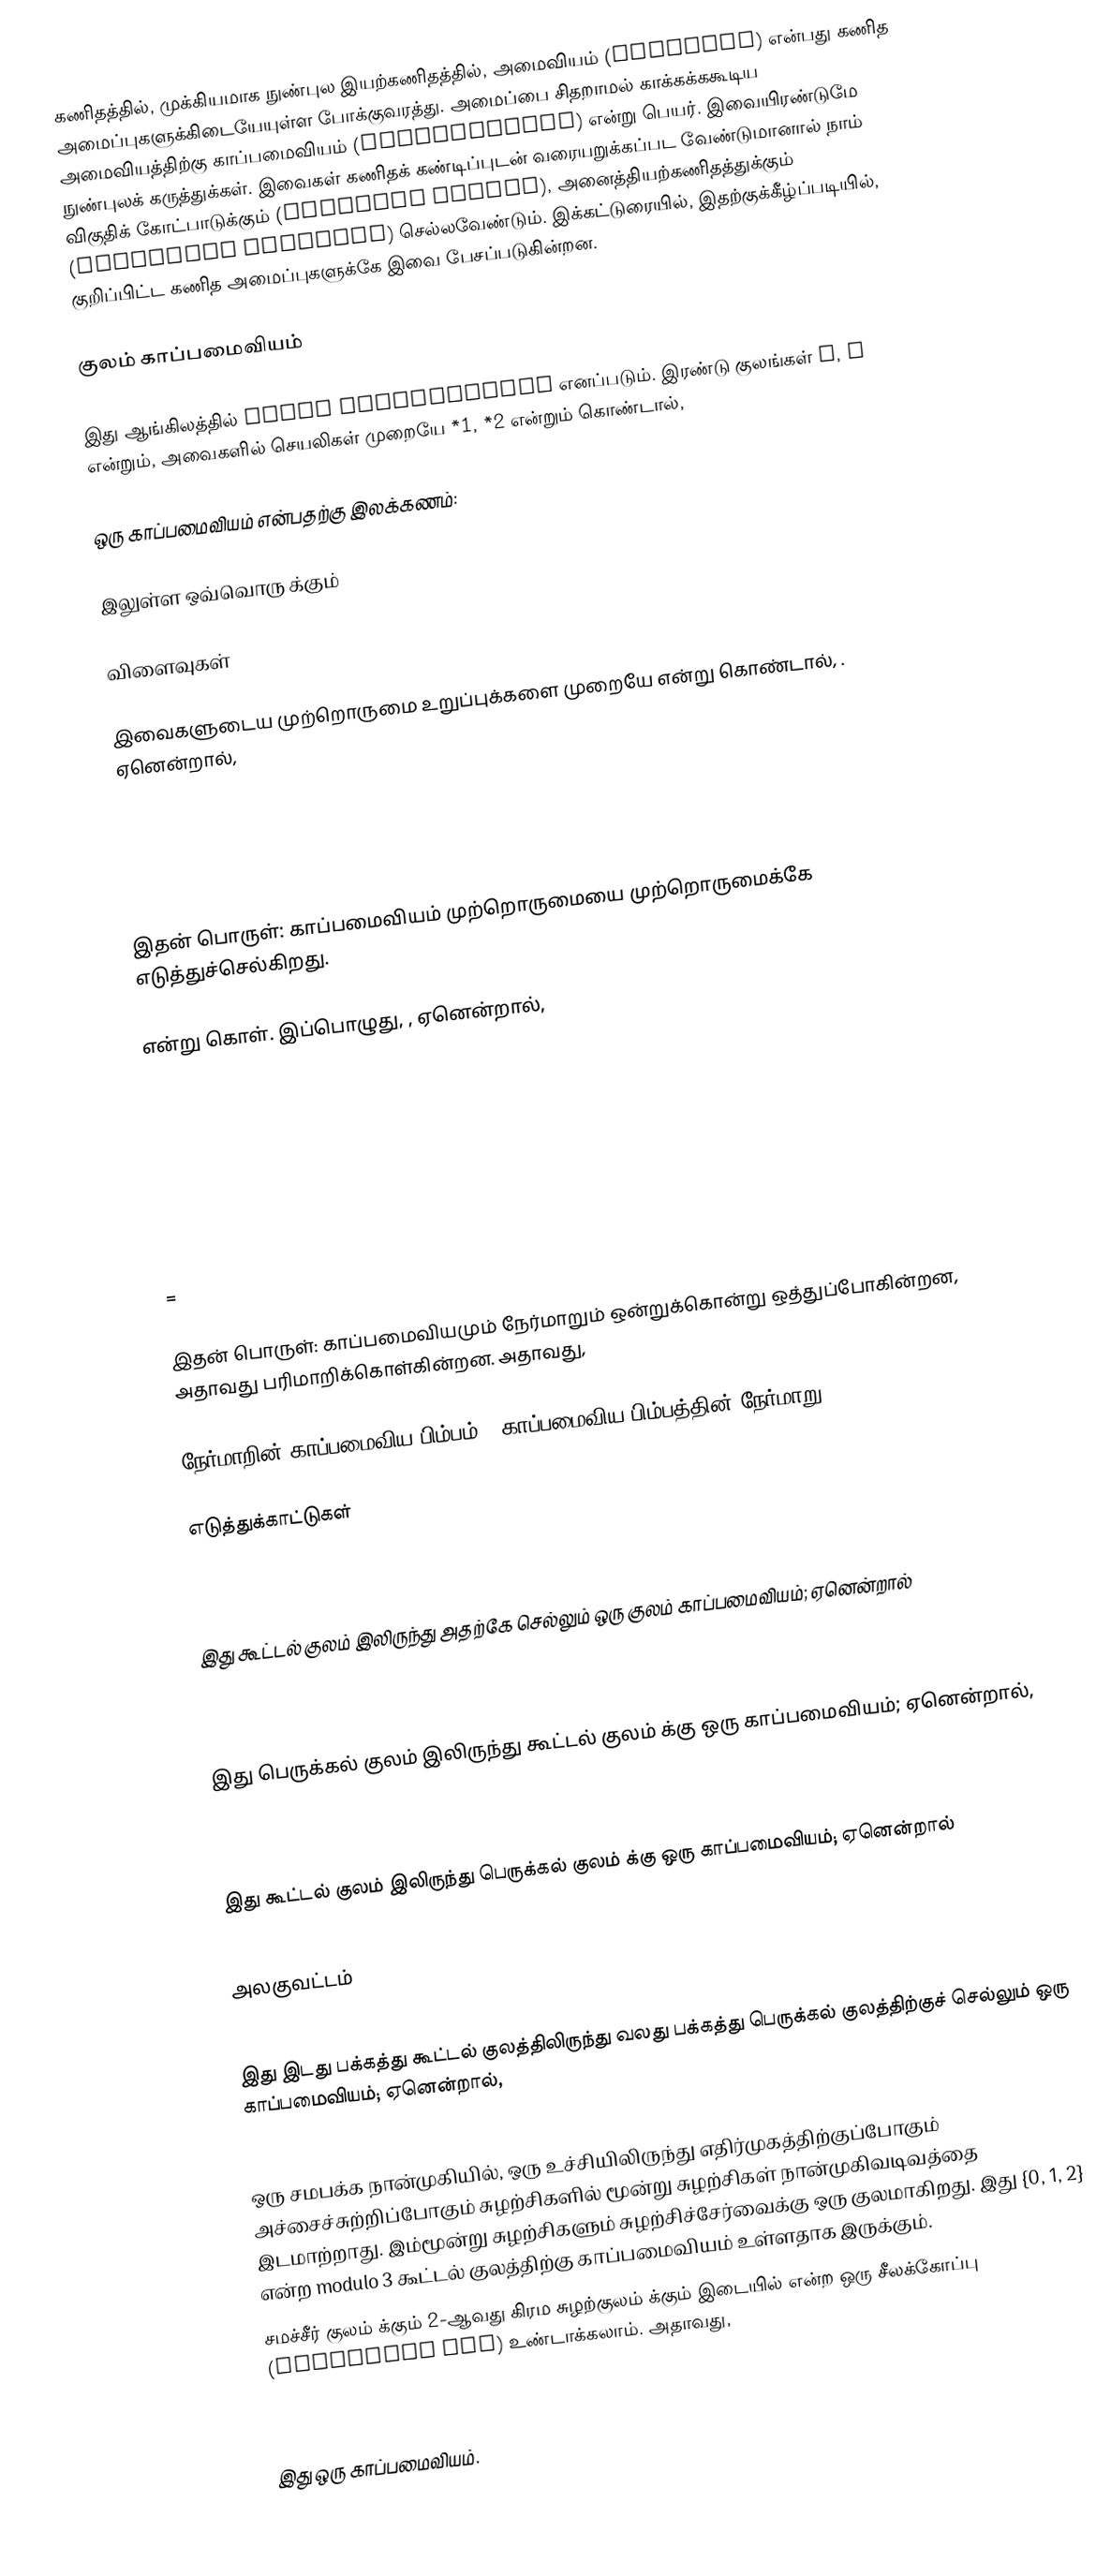
கணிதத்தில், முக்கியமாக நுண்புல இயற்கணிதத்தில்,  அமைவியம் (Morphism) என்பது கணித அமைப்புகளுக்கிடையேயுள்ள போக்குவரத்து. அமைப்பை சிதறாமல் காக்கக்ககூடிய அமைவியத்திற்கு காப்பமைவியம்  (Homomorphism) என்று பெயர். இவையிரண்டுமே நுண்புலக் கருத்துக்கள். இவைகள் கணிதக் கண்டிப்புடன் வரையறுக்கப்பட வேண்டுமானால் நாம் விகுதிக் கோட்பாடுக்கும் (Category Theory), அனைத்தியற்கணிதத்துக்கும்  (Universal Alagebra) செல்லவேண்டும். இக்கட்டுரையில், இதற்குக்கீழ்ப்படியில்,  குறிப்பிட்ட கணித அமைப்புகளுக்கே இவை பேசப்படுகின்றன.

குலம் காப்பமைவியம்

இது ஆங்கிலத்தில்  Group Homomorphism எனப்படும். இரண்டு குலங்கள்  G, H  என்றும், அவைகளில்  செயலிகள் முறையே    *1, *2 என்றும் கொண்டால்,

  ஒரு காப்பமைவியம் என்பதற்கு இலக்கணம்:

  இலுள்ள ஒவ்வொரு  க்கும்

விளைவுகள்

  இவைகளுடைய  முற்றொருமை உறுப்புக்களை முறையே   என்று கொண்டால், . ஏனென்றால்,

இதன் பொருள்: காப்பமைவியம் முற்றொருமையை முற்றொருமைக்கே  எடுத்துச்செல்கிறது.

  என்று கொள். இப்பொழுது, , ஏனென்றால்,

 =

இதன் பொருள்: காப்பமைவியமும் நேர்மாறும் ஒன்றுக்கொன்று ஒத்துப்போகின்றன, அதாவது பரிமாறிக்கொள்கின்றன. அதாவது,

 நேர்மாறின் காப்பமைவிய பிம்பம் = காப்பமைவிய பிம்பத்தின் நேர்மாறு.

எடுத்துக்காட்டுகள்

இது கூட்டல் குலம்  இலிருந்து அதற்கே செல்லும் ஒரு குலம் காப்பமைவியம்; ஏனென்றால்

இது பெருக்கல் குலம்   இலிருந்து கூட்டல் குலம்  க்கு ஒரு காப்பமைவியம்; ஏனென்றால்,

இது கூட்டல் குலம்  இலிருந்து பெருக்கல் குலம்  க்கு ஒரு காப்பமைவியம்; ஏனென்றால்

   அலகுவட்டம்

இது இடது பக்கத்து கூட்டல் குலத்திலிருந்து வலது பக்கத்து பெருக்கல் குலத்திற்குச் செல்லும் ஒரு காப்பமைவியம்; ஏனென்றால்,

 ஒரு சமபக்க நான்முகியில், ஒரு உச்சியிலிருந்து எதிர்முகத்திற்குப்போகும் அச்சைச்சுற்றிப்போகும் சுழற்சிகளில் மூன்று சுழற்சிகள்  நான்முகிவடிவத்தை இடமாற்றாது. இம்மூன்று சுழற்சிகளும் சுழற்சிச்சேர்வைக்கு ஒரு குலமாகிறது. இது {0, 1, 2} என்ற modulo 3  கூட்டல் குலத்திற்கு காப்பமைவியம் உள்ளதாக இருக்கும்.
சமச்சீர் குலம்   க்கும் 2-ஆவது கிரம சுழற்குலம்   க்கும் இடையில்   என்ற ஒரு சீலக்கோப்பு  (Character map) உண்டாக்கலாம். அதாவது,

இது  ஒரு  காப்பமைவியம்.